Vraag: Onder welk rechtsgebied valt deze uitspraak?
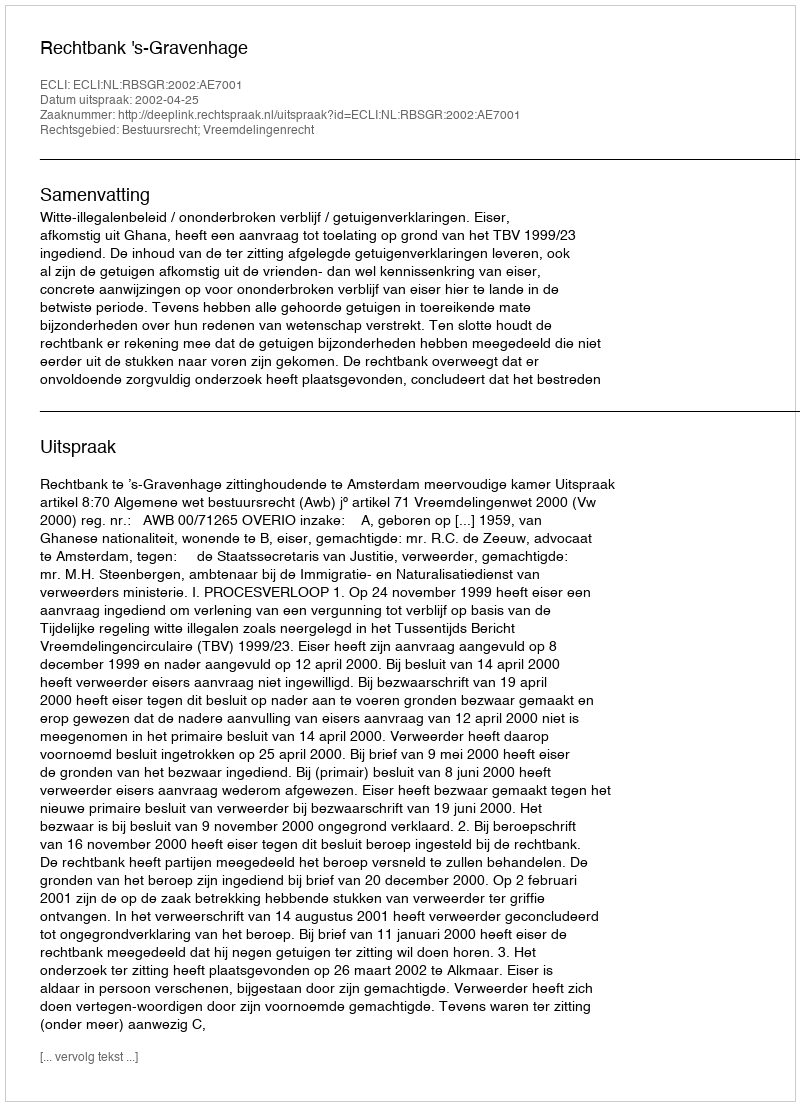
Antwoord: Bestuursrecht; Vreemdelingenrecht